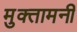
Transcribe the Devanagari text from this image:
मुक्तामनी